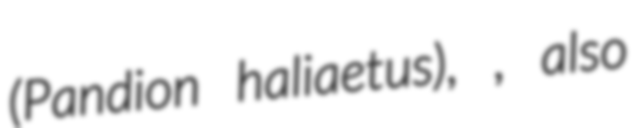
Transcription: (Pandion haliaetus), , also